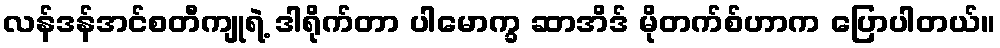
လန်ဒန်အင်စတီကျုရဲ့ ဒါရိုက်တာ ပါမောက္ခ ဆာအိဒ် မိုတက်စ်ဟာက ပြောပါတယ်။